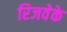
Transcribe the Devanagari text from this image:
रिजवेके